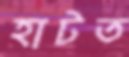
হাটত